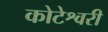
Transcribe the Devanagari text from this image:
कोटेश्वरी